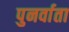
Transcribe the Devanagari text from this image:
पुनर्वाता